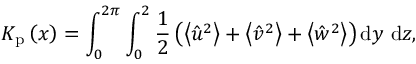
K _ { \mathrm { p } } \left( x \right) = \int _ { 0 } ^ { 2 \pi } \int _ { 0 } ^ { 2 } \frac { 1 } { 2 } \left( \left\langle \hat { u } ^ { 2 } \right\rangle + \left\langle \hat { v } ^ { 2 } \right\rangle + \left\langle \hat { w } ^ { 2 } \right\rangle \right) \mathrm { d } y \mathrm { ~ d } z ,